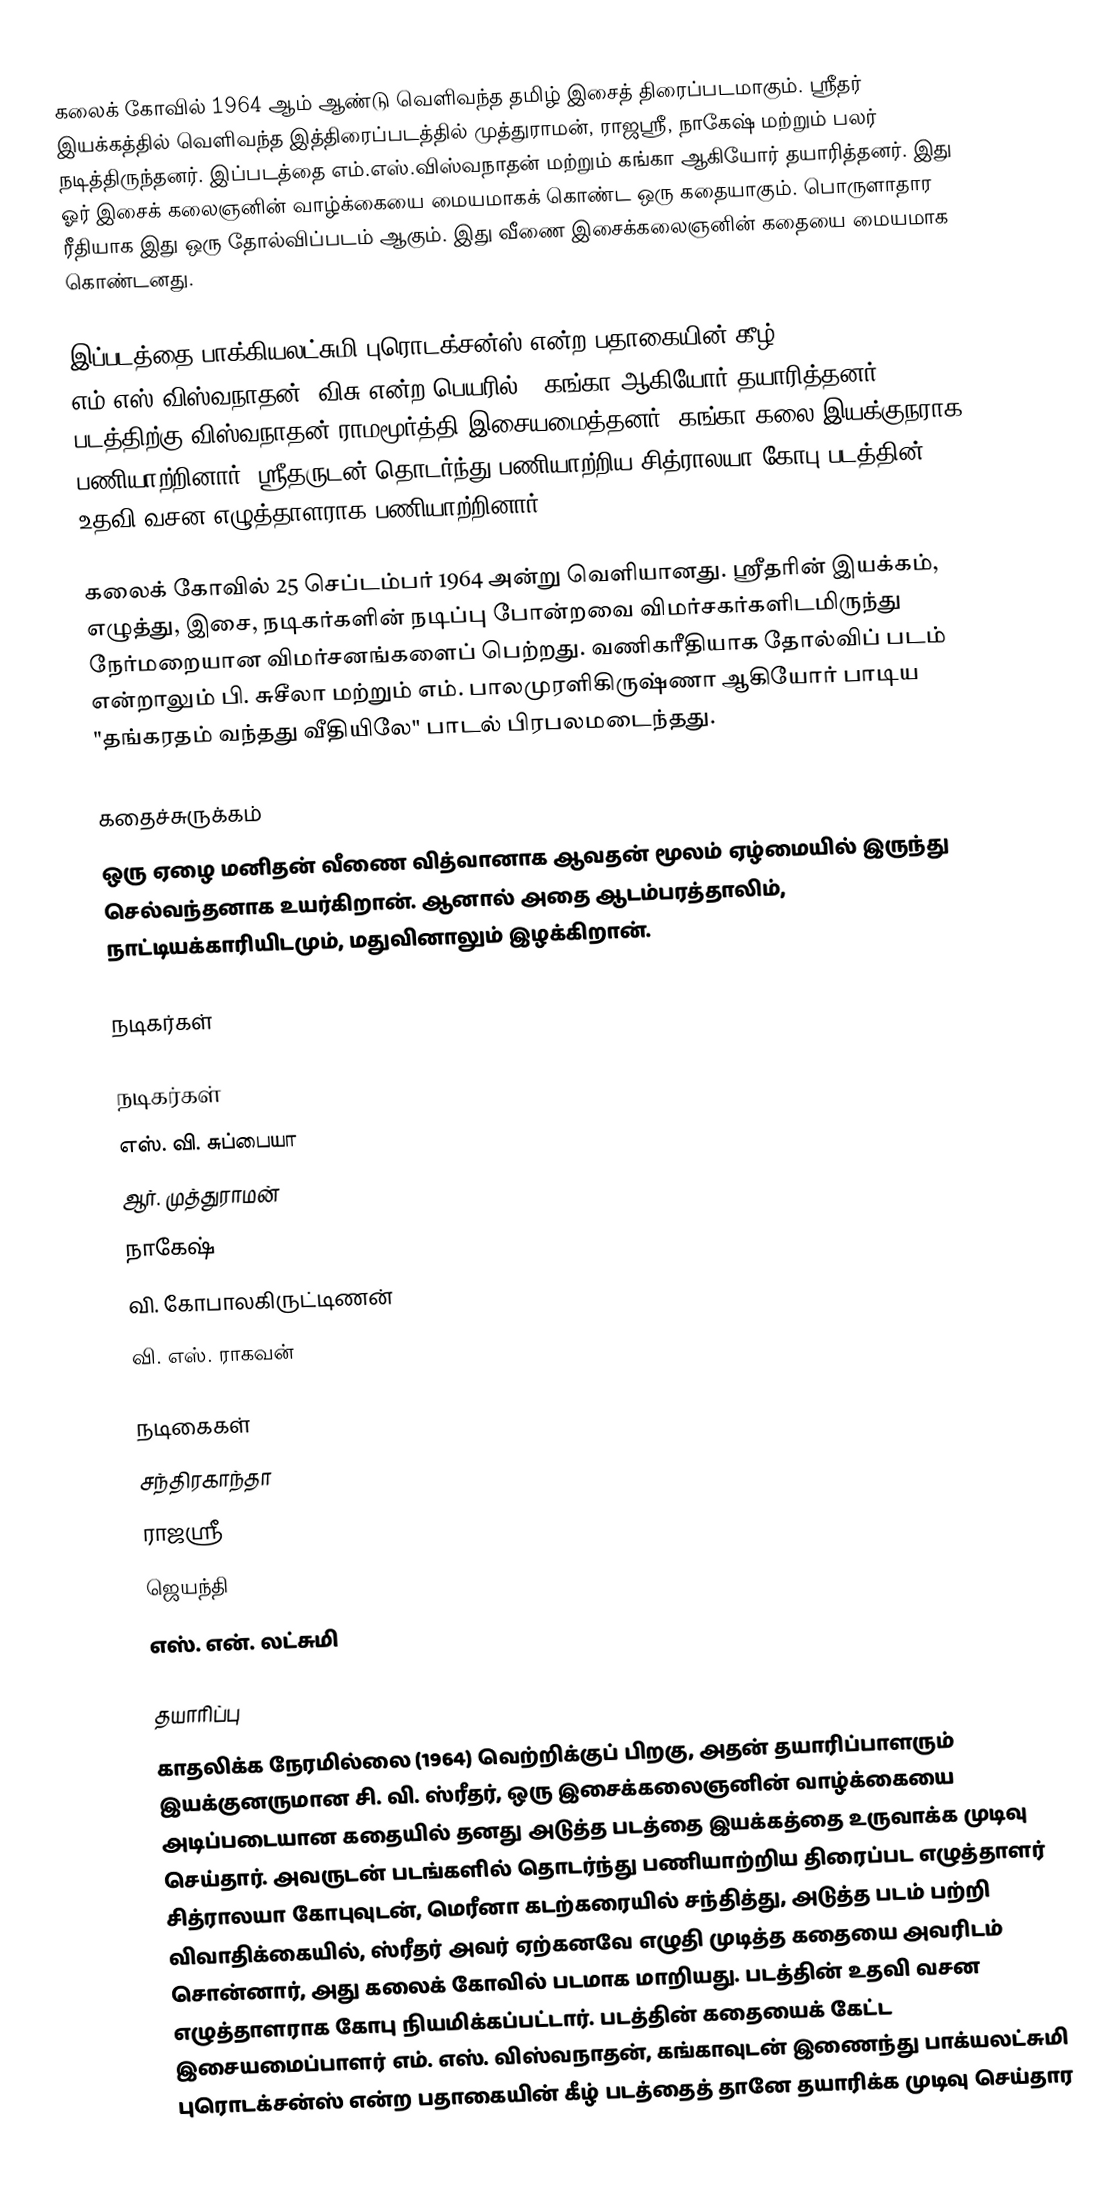
கலைக் கோவில் 1964 ஆம் ஆண்டு வெளிவந்த தமிழ் இசைத் திரைப்படமாகும். ஸ்ரீதர் இயக்கத்தில் வெளிவந்த இத்திரைப்படத்தில் முத்துராமன், ராஜஸ்ரீ, நாகேஷ் மற்றும் பலர் நடித்திருந்தனர். இப்படத்தை எம்.எஸ்.விஸ்வநாதன் மற்றும் கங்கா ஆகியோர் தயாரித்தனர். இது ஓர் இசைக் கலைஞனின் வாழ்க்கையை மையமாகக் கொண்ட ஒரு கதையாகும். பொருளாதார ரீதியாக இது ஒரு தோல்விப்படம் ஆகும். இது வீணை இசைக்கலைஞனின் கதையை மையமாக கொண்டனது.

இப்படத்தை பாக்கியலட்சுமி புரொடக்சன்ஸ் என்ற பதாகையின் கீழ் எம்.எஸ்.விஸ்வநாதன் (விசு என்ற பெயரில்), கங்கா ஆகியோர் தயாரித்தனர். படத்திற்கு  விஸ்வநாதன் ராமமூர்த்தி இசையமைத்தனர். கங்கா கலை இயக்குநராக பணியாற்றினார். ஸ்ரீதருடன் தொடர்ந்து பணியாற்றிய சித்ராலயா கோபு படத்தின் உதவி வசன எழுத்தாளராக பணியாற்றினார்.

கலைக் கோவில் 25 செப்டம்பர் 1964 அன்று வெளியானது. ஸ்ரீதரின் இயக்கம், எழுத்து, இசை, நடிகர்களின் நடிப்பு போன்றவை விமர்சகர்களிடமிருந்து நேர்மறையான விமர்சனங்களைப் பெற்றது. வணிகரீதியாக தோல்விப் படம் என்றாலும் பி. சுசீலா  மற்றும் எம். பாலமுரளிகிருஷ்ணா ஆகியோர் பாடிய "தங்கரதம் வந்தது வீதியிலே" பாடல் பிரபலமடைந்தது.

கதைச்சுருக்கம்
ஒரு ஏழை மனிதன் வீணை வித்வானாக ஆவதன் மூலம் ஏழ்மையில் இருந்து செல்வந்தனாக உயர்கிறான். ஆனால் அதை ஆடம்பரத்தாலிம், நாட்டியக்காரியிடமும், மதுவினாலும் இழக்கிறான்.

நடிகர்கள்

நடிகர்கள்
எஸ். வி. சுப்பையா
ஆர். முத்துராமன்
நாகேஷ்
வி. கோபாலகிருட்டிணன்
வி. எஸ். ராகவன்

நடிகைகள்
சந்திரகாந்தா
ராஜஸ்ரீ
ஜெயந்தி
எஸ். என். லட்சுமி

தயாரிப்பு
காதலிக்க நேரமில்லை (1964) வெற்றிக்குப் பிறகு, அதன் தயாரிப்பாளரும் இயக்குனருமான சி. வி. ஸ்ரீதர், ஒரு இசைக்கலைஞனின் வாழ்க்கையை அடிப்படையான கதையில் தனது அடுத்த படத்தை இயக்கத்தை உருவாக்க முடிவு செய்தார். அவருடன் படங்களில் தொடர்ந்து பணியாற்றிய திரைப்பட எழுத்தாளர் சித்ராலயா கோபுவுடன், மெரீனா கடற்கரையில்  சந்தித்து, அடுத்த படம் பற்றி விவாதிக்கையில், ஸ்ரீதர் அவர் ஏற்கனவே எழுதி முடித்த கதையை அவரிடம் சொன்னார், அது கலைக் கோவில் படமாக மாறியது. படத்தின் உதவி வசன எழுத்தாளராக கோபு நியமிக்கப்பட்டார். படத்தின் கதையைக் கேட்ட இசையமைப்பாளர் எம். எஸ். விஸ்வநாதன், கங்காவுடன் இணைந்து பாக்யலட்சுமி புரொடக்சன்ஸ் என்ற பதாகையின் கீழ் படத்தைத் தானே தயாரிக்க முடிவு செய்தார